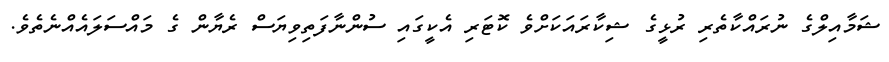
ޝަމާއިލްގެ ނުރައްކާތެރި ރުޅީގެ ޝިކާރައަކަށްވެ ކޮޓަރި އެކީގައި ސުންނާފަތިވިޔަސް ރެޔާން ގެ މައްސަލައެއްނެތެވެ.